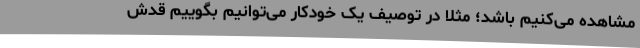
مشاهده می‌کنیم باشد؛ مثلا در توصیف یک خودکار می‌توانیم بگوییم قدش